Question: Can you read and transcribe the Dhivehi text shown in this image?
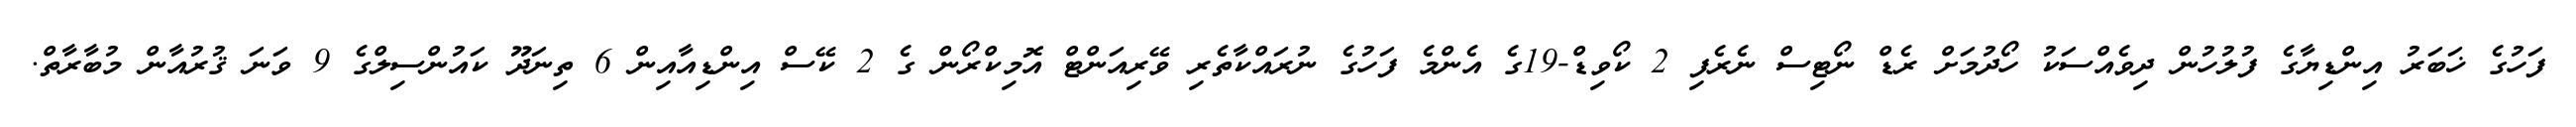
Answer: ފަހުގެ ޚަބަރު އިންޑިޔާގެ ފުލުހުން ދިވެއްސަކު ހޯދުމަށް ރެޑް ނޯޓިސް ނެރެފި 2 ކޯވިޑް-19ގެ އެންމެ ފަހުގެ ނުރައްކާތެރި ވޭރިއަންޓް އޮމިކްރޯން ގެ 2 ކޭސް އިންޑިއާއިން 6 ތިނަދޫ ކައުންސިލްގެ 9 ވަނަ ޤުރުއާން މުބާރާތް.